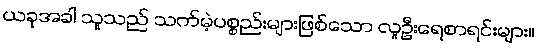
ယခုအခါ သူသည် သက်မဲ့ပစ္စည်းများဖြစ်သော လူဦးရေစာရင်းများ။